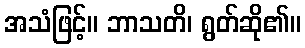
အသံဖြင့်။ ဘာသတိ၊ ရွတ်ဆို၏။